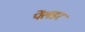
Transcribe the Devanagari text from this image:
फ्लेंडर